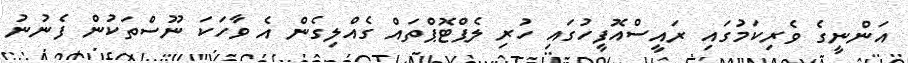
އަންނީގެ ވެރިކަމުގައި ރައީސްއޮފީހުގައި ހުރި ލެޕްޓޮޕްތައް ގެއްލިގެން އެ ވާހަކަ ނޫސްތަކުން ފެނުނު